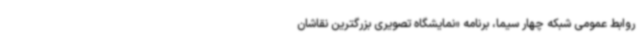
روابط عمومی شبکه چهار سیما، برنامه «نمایشگاه تصویری بزرگترین نقاشان